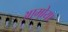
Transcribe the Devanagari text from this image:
आमोया